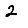
Digit: 2